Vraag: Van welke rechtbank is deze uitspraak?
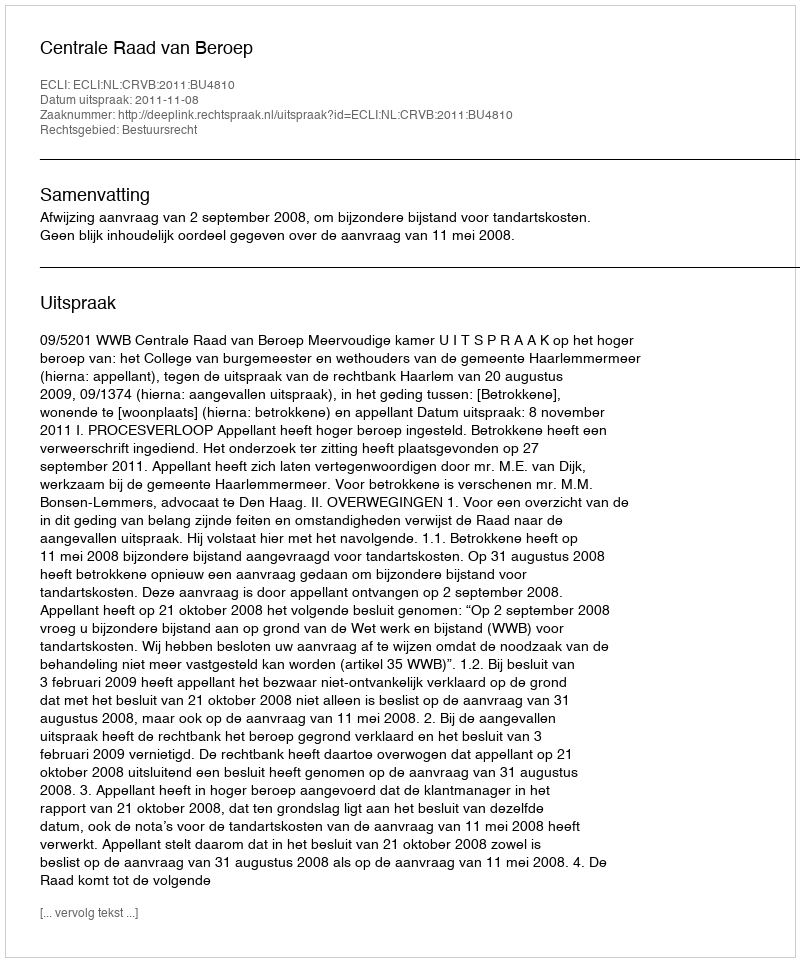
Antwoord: Centrale Raad van Beroep